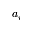
a _ { i }